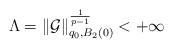
LaTeX: \begin{align*} \Lambda= \| \mathcal G \|^\frac{1}{p-1}_{q_0,B_2(0)} <+\infty\end{align*}